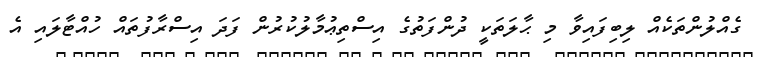
ގެއްލުންތަކެއް ލިބިފައިވާ މި ޙާލަތަކީ ދުންފަތުގެ އިސްތިޢުމާލުކުރުން ފަދަ އިސްރާފުތައް ހުއްޓާލައި އެ